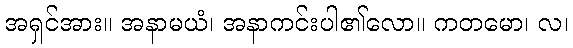
အရှင်အား။ အနာမယံ၊ အနာကင်းပါ၏လော။ ကတမော၊ လ၊